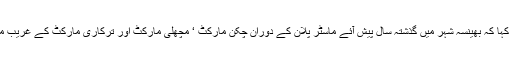
ریاستی صدر ویلفیر پارٹی نے بھینسہ شہر کے حالات کا جائزہ لیتے ہوئے حکومت سے مخاطب ہوکر کہا کہ بھینسہ شہر میں گذشتہ سال پیش آئے ماسٹر پلان کے دوران چکن مارکٹ ‘ مچھلی مارکٹ اور ترکاری مارکٹ کے غریب مزدوروں کا کافی نقصان ہوا ہے جس کی وجہ سے غریب مزدور بے روزگاری میں مبتلا ہوچکے ہیں ۔